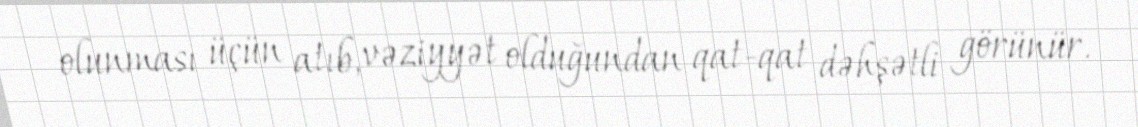
olunması üçün atıb, vəziyyət olduğundan qat-qat dəhşətli görünür.